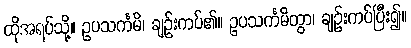
ထိုအရပ်သို့။ ဥပသင်္ကမိ၊ ချဉ်းကပ်၏။ ဥပသင်္ကမိတွာ၊ ချဉ်းကပ်ပြီး၍။